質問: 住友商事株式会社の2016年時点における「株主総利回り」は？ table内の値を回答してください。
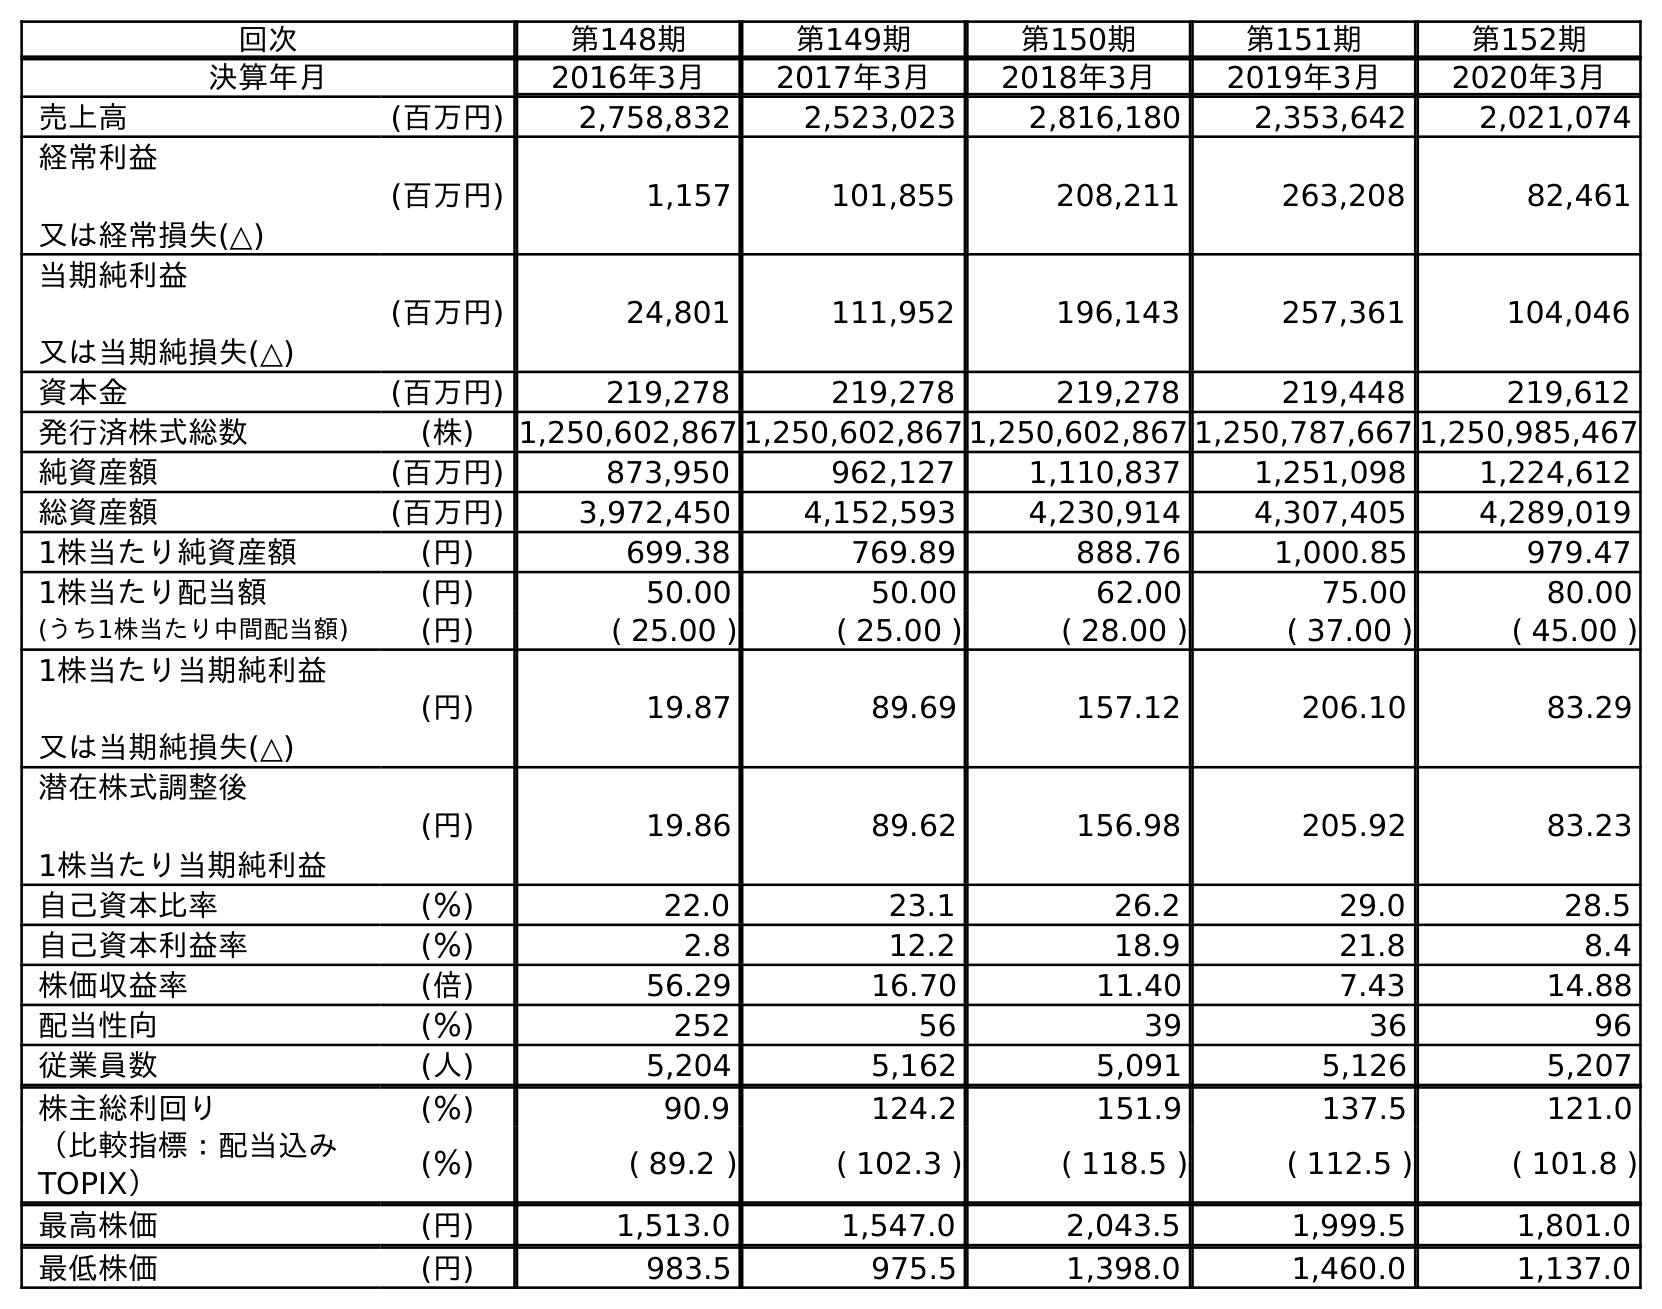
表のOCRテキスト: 回次 第148期 第149期 第150期 第151期 第152期 決算年月 2016年3月 2017年3月 2018年3月 2019年3月 2020年3月 売上高 (百万円) 2,758,832 2,523,023 2,816,180 2,353,642 2,021,074 経常利益 又は経常損失(△) (百万円) 1,157 101,855 208,211 263,208 82,461 当期純利益 又は当期純損失(△) (百万円) 24,801 111,952 196,143 257,361 104,046 資本金 (百万円) 219,278 219,278 219,278 219,448 219,612 発行済株式総数 (株) 1,250,602,867 1,250,602,867 1,250,602,867 1,250,787,667 1,250,985,467 純資産額 (百万円) 873,950 962,127 1,110,837 1,251,098 1,224,612 総資産額 (百万円) 3,972,450 4,152,593 4,230,914 4,307,405 4,289,019 1株当たり純資産額 (円) 699.38 769.89 888.76 1,000.85 979.47 1株当たり配当額 (円) 50.00 50.00 62.00 75.00 80.00 (うち1株当たり中間配当額) (円) ( 25.00 ) ( 25.00 ) ( 28.00 ) ( 37.00 ) ( 45.00 ) 1株当たり当期純利益 又は当期純損失(△) (円) 19.87 89.69 157.12 206.10 83.29 潜在株式調整後 1株当たり当期純利益 (円) 19.86 89.62 156.98 205.92 83.23 自己資本比率 (％) 22.0 23.1 26.2 29.0 28.5 自己資本利益率 (％) 2.8 12.2 18.9 21.8 8.4 株価収益率 (倍) 56.29 16.70 11.40 7.43 14.88 配当性向 (％) 252 56 39 36 96 従業員数 (人) 5,204 5,162 5,091 5,126 5,207 株主総利回り (％) 90.9 124.2 151.9 137.5 121.0 （比較指標：配当込み TOPIX） (％) ( 89.2 ) ( 102.3 ) ( 118.5 ) ( 112.5 ) ( 101.8 ) 最高株価 (円) 1,513.0 1,547.0 2,043.5 1,999.5 1,801.0 最低株価 (円) 983.5 975.5 1,398.0 1,460.0 1,137.0
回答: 90.9